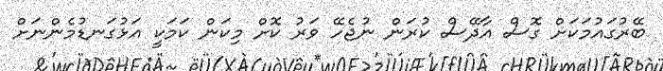
ބޭރުގައުމަކަށް ގޮސް އާދޭސް ކުރަން ނުޖެހޭ ވަރު ކޮށް މިކަން ކަމަކީ އަޅުގަނޑުމެންނަށް